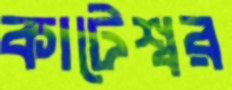
কাটেশ্বর